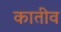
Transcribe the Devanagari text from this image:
कातीव